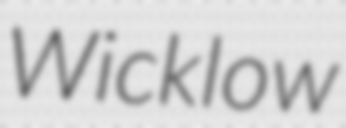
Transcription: Wicklow